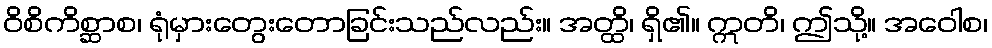
ဝိစိကိစ္ဆာစ၊ ရုံမှားတွေးတောခြင်းသည်လည်း။ အတ္ထိ၊ ရှိ၏။ ဣတိ၊ ဤသို့။ အဝေါစ၊